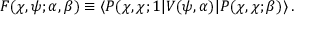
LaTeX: F ( \chi , \psi ; \alpha , \beta ) \equiv \langle P ( \chi , \chi ; 1 | V ( \psi , \alpha ) | P ( \chi , \chi ; \beta ) \rangle \, .